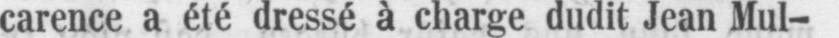
carence a été dressé à charge dudit Jean Mul-